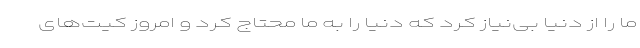
ما را از دنیا بی‌نیاز کرد که دنیا را به ما محتاج کرد و امروز کیت‌های